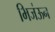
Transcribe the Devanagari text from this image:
भिजंऊन